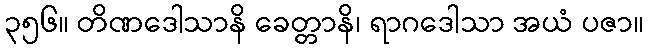
၃၅၆။ တိဏဒေါသာနိ ခေတ္တာနိ၊ ရာဂဒေါသာ အယံ ပဇာ။